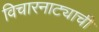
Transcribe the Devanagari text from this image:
विचारनाट्याची